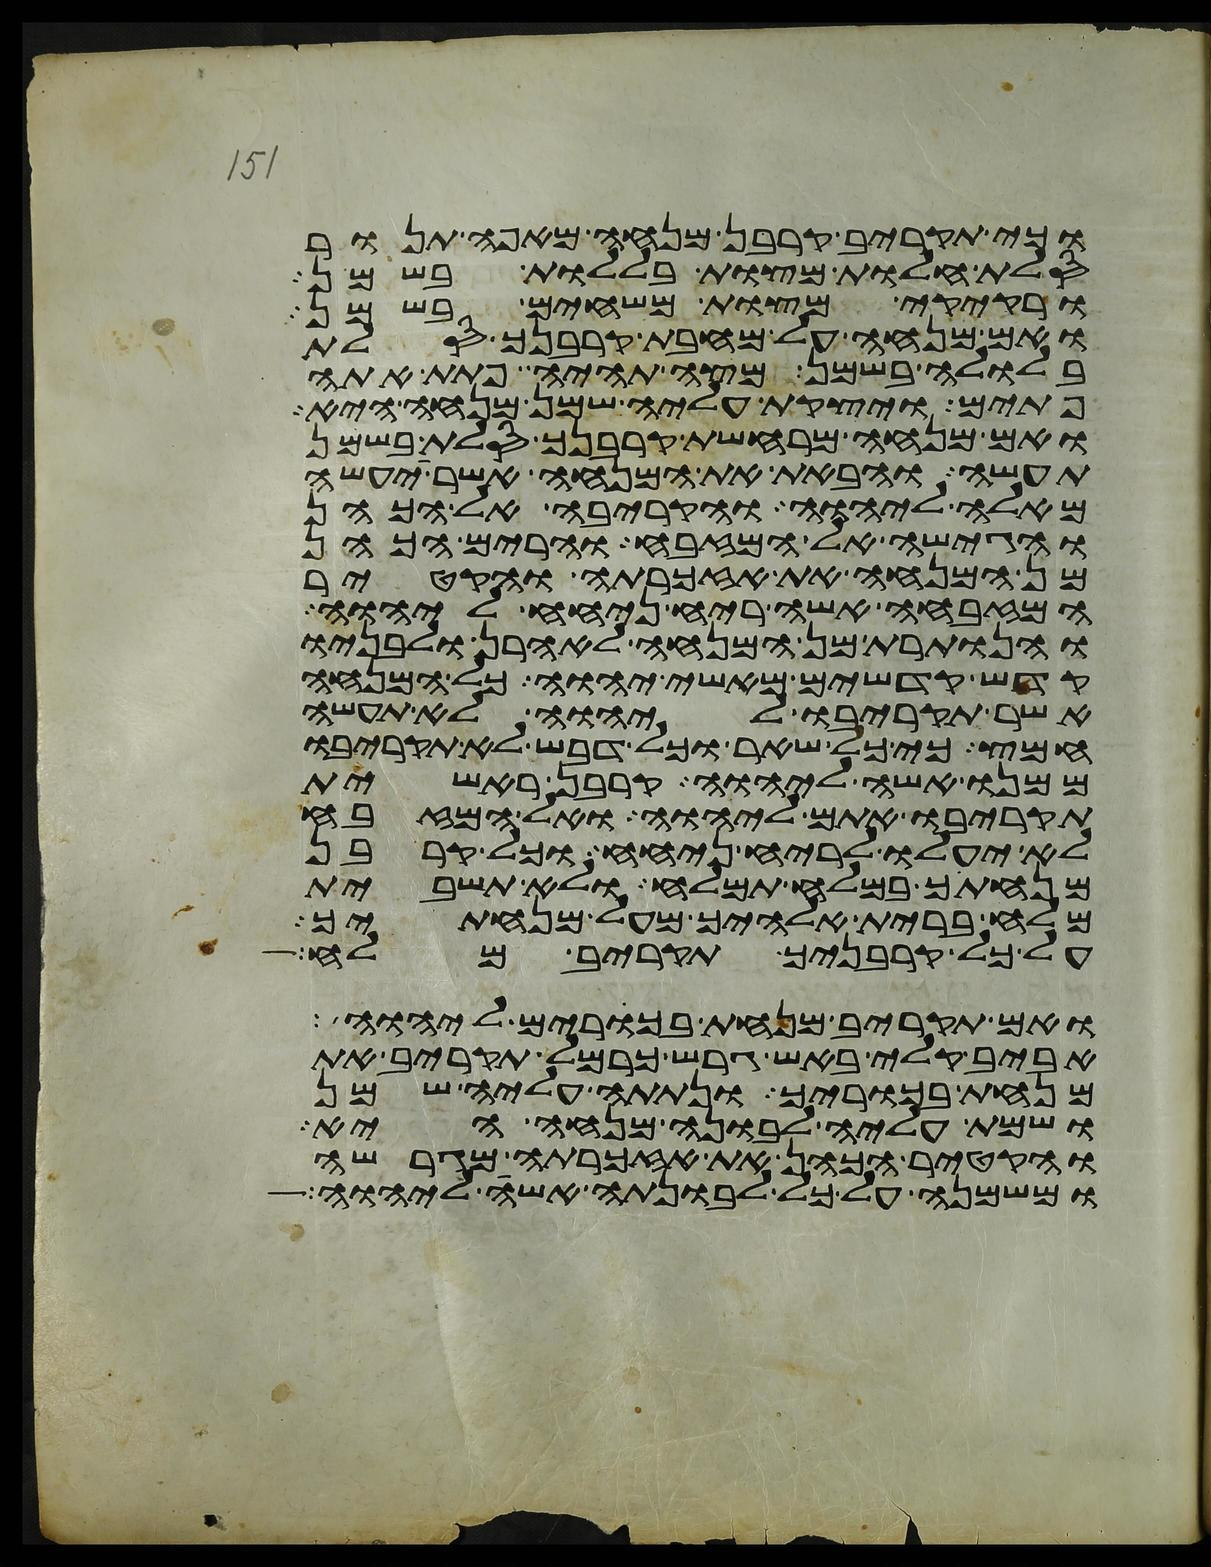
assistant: וכי תקריב קרבן מנחה מאפה תנור
סלת חלות מצות בללות בשמן
ורקיקי מצות משחים בשמן
ואם מנחה על מחבת קרבנך סלת
בלולה בשמן מצה תהיה פתת אתה
פתים ויצקת עליה שמן מנחה היא
ואם מנחה מרחשת קרבנך סלת בשמן
תעשה והבאת את המנחה אשר יעשה
מאלה ליהוה והקריבה אל הכהן
והגישה אל המזבח והרים הכהן
מן המנחה את אזכרתה והקטיר
המזבחה אשה ריח ניחח ליהוה
והנותרת מן המנחה לאהרן ולבניו
קדש קדשים מאשי יהוה כל המנחה
אשר תקריבו ליהוה לא תעשה
חמץ כי כל שאר וכל דבש לא תקריבו
ממנו אשה ליהוה קרבן ראשית
תקריבו אתם ליהוה ואל המזבח
לא יעלו לריח ניחח וכל קרבן
מנחתך במלח תמלח ולא תשבית
מלח ברית אלהיך מעל מנחתך
על כל קרבניך תקריב מלח
ואם תקריב מנחת בכורים ליהוה
אביב קלי באש גרש כרמל תקריב את
מנחת בכוריך ונתתה עליה שמן
ושמת עליה לבונה מנחה היא
והקטיר הכהן את אזכרתה מגרשה
ומשמנה על כל לבונתה אשה ליהוה